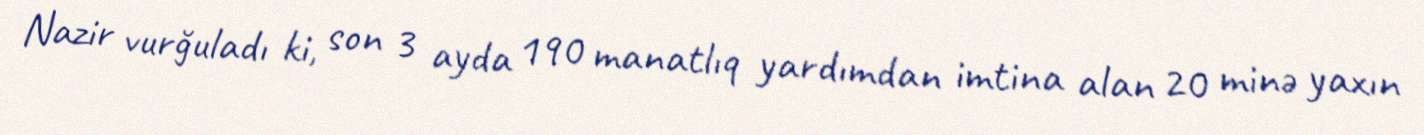
Nazir vurğuladı ki, son 3 ayda 190 manatlıq yardımdan imtina alan 20 minə yaxın